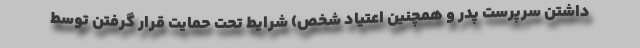
داشتن سرپرست پدر و همچنین اعتیاد شخص) شرایط تحت حمایت قرار گرفتن توسط